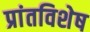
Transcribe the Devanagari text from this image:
प्रांतविशेष